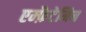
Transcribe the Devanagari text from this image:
एम्फ़ैटेमिन